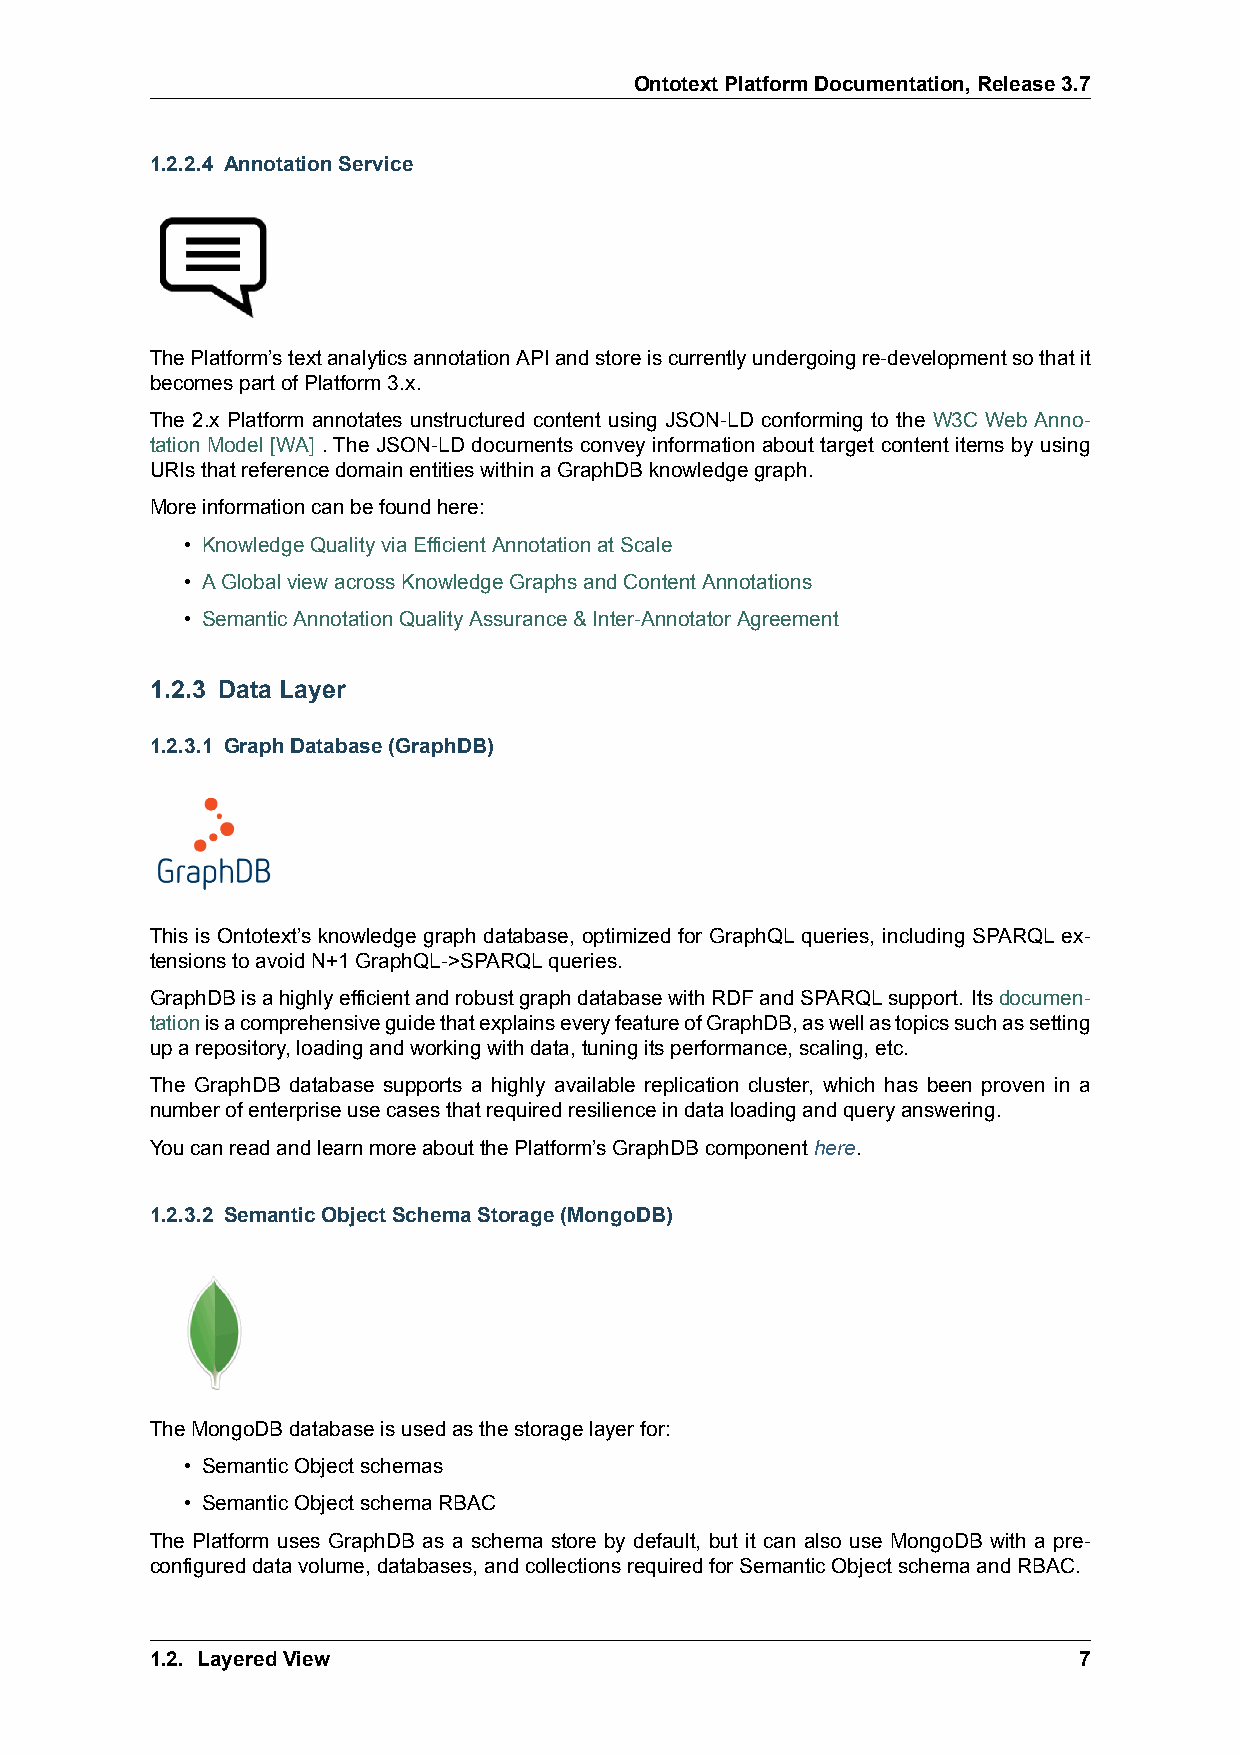
OntotextPlatformDocumentation,Release3.7
 1.2.2.4 AnnotationService
 ThePlatform’stextanalyticsannotationAPIandstoreiscurrentlyundergoingre-developmentsothatit
 becomespartofPlatform3.x.
 The 2.x Platform annotates unstructured content using JSON-LD conforming to the W3C Web Anno-
 tation Model [WA] . The JSON-LD documents convey information about target content items by using
 URIsthatreferencedomainentitieswithinaGraphDBknowledgegraph.
 Moreinformationcanbefoundhere:
 • KnowledgeQualityviaEfficientAnnotationatScale
 • AGlobalviewacrossKnowledgeGraphsandContentAnnotations
 • SemanticAnnotationQualityAssurance&Inter-AnnotatorAgreement
 1.2.3 Data Layer
 1.2.3.1 GraphDatabase(GraphDB)
 This is Ontotext’s knowledge graph database, optimized for GraphQL queries, including SPARQL ex-
 tensionstoavoidN+1GraphQL->SPARQLqueries.
 GraphDBisahighlyefficientandrobustgraphdatabasewithRDFandSPARQLsupport. Itsdocumen-
 tationisacomprehensiveguidethatexplainseveryfeatureofGraphDB,aswellastopicssuchassetting
 uparepository,loadingandworkingwithdata,tuningitsperformance,scaling,etc.
 The GraphDB database supports a highly available replication cluster, which has been proven in a
 numberofenterpriseusecasesthatrequiredresilienceindataloadingandqueryanswering.
 YoucanreadandlearnmoreaboutthePlatform’sGraphDBcomponenthere.
 1.2.3.2 SemanticObjectSchemaStorage(MongoDB)
 TheMongoDBdatabaseisusedasthestoragelayerfor:
 • SemanticObjectschemas
 • SemanticObjectschemaRBAC
 The Platform uses GraphDB as a schema store by default, but it can also use MongoDB with a pre-
 configureddatavolume,databases,andcollectionsrequiredforSemanticObjectschemaandRBAC.
 1.2. LayeredView                                             7